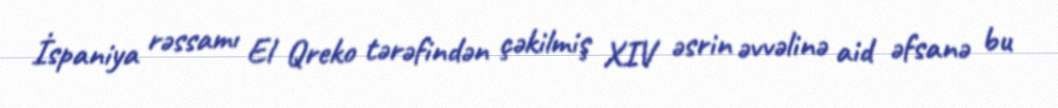
İspaniya rəssamı El Qreko tərəfindən çəkilmiş XIV əsrin əvvəlinə aid əfsanə bu